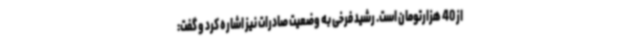
از 40 هزارتومان است. رشید فرخی به وضعیت صادرات نیز اشاره کرد و گفت: